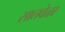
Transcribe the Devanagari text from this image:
सातवेळा